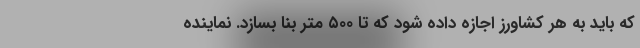
که باید به هر کشاورز اجازه داده شود که تا ۵۰۰ متر بنا بسازد. نماینده